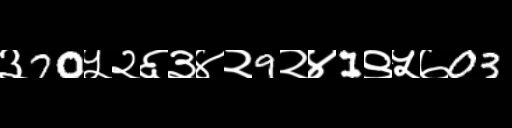
Text: ३70५२६३४२9२४1९५७03